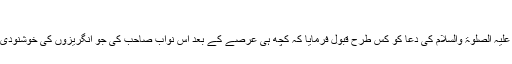
(مکتوبات احمدیہ جلد اول صفحہ538)
تو اللہ تعالیٰ نے بھی حضرت مسیح موعود علیہ الصلوٰۃ والسلام کی دعا کو کس طرح قبول فرمایا کہ کچھ ہی عرصے کے بعد اس نواب صاحب کی جو انگریزوں کی خوشنودی حاصل کرنا چاہتے تھے عزت چاک ہوئی۔